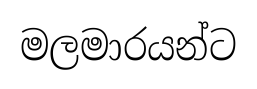
මලමාරයන්ට